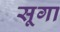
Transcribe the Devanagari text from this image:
सूगा